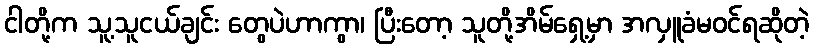
ငါတို့က သူ့သူငယ်ချင်း တွေပဲဟာကွာ၊ ပြီးတော့ သူတို့အိမ်ရှေ့မှာ အလှူခံမဝင်ရဆိုတဲ့